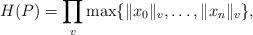
LaTeX: \begin{align*}H(P) = \prod_v \max \{ \|x_0\|_v, \dotsc, \|x_n\|_v \},\end{align*}